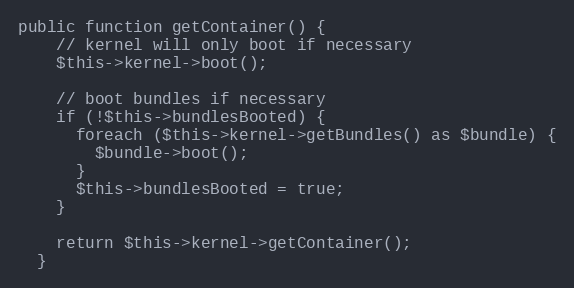
Language: PHP
public function getContainer() {
    // kernel will only boot if necessary
    $this->kernel->boot();

    // boot bundles if necessary
    if (!$this->bundlesBooted) {
      foreach ($this->kernel->getBundles() as $bundle) {
        $bundle->boot();
      }
      $this->bundlesBooted = true;
    }

    return $this->kernel->getContainer();
  }